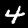
Digit: 4